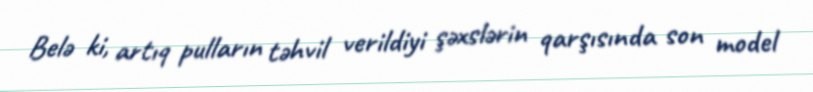
Belə ki, artıq pulların təhvil verildiyi şəxslərin qarşısında son model